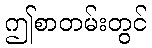
ဤစာတမ်းတွင်